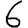
Digit: 6